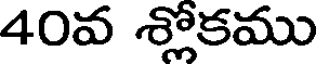
40వ శ్లోకము